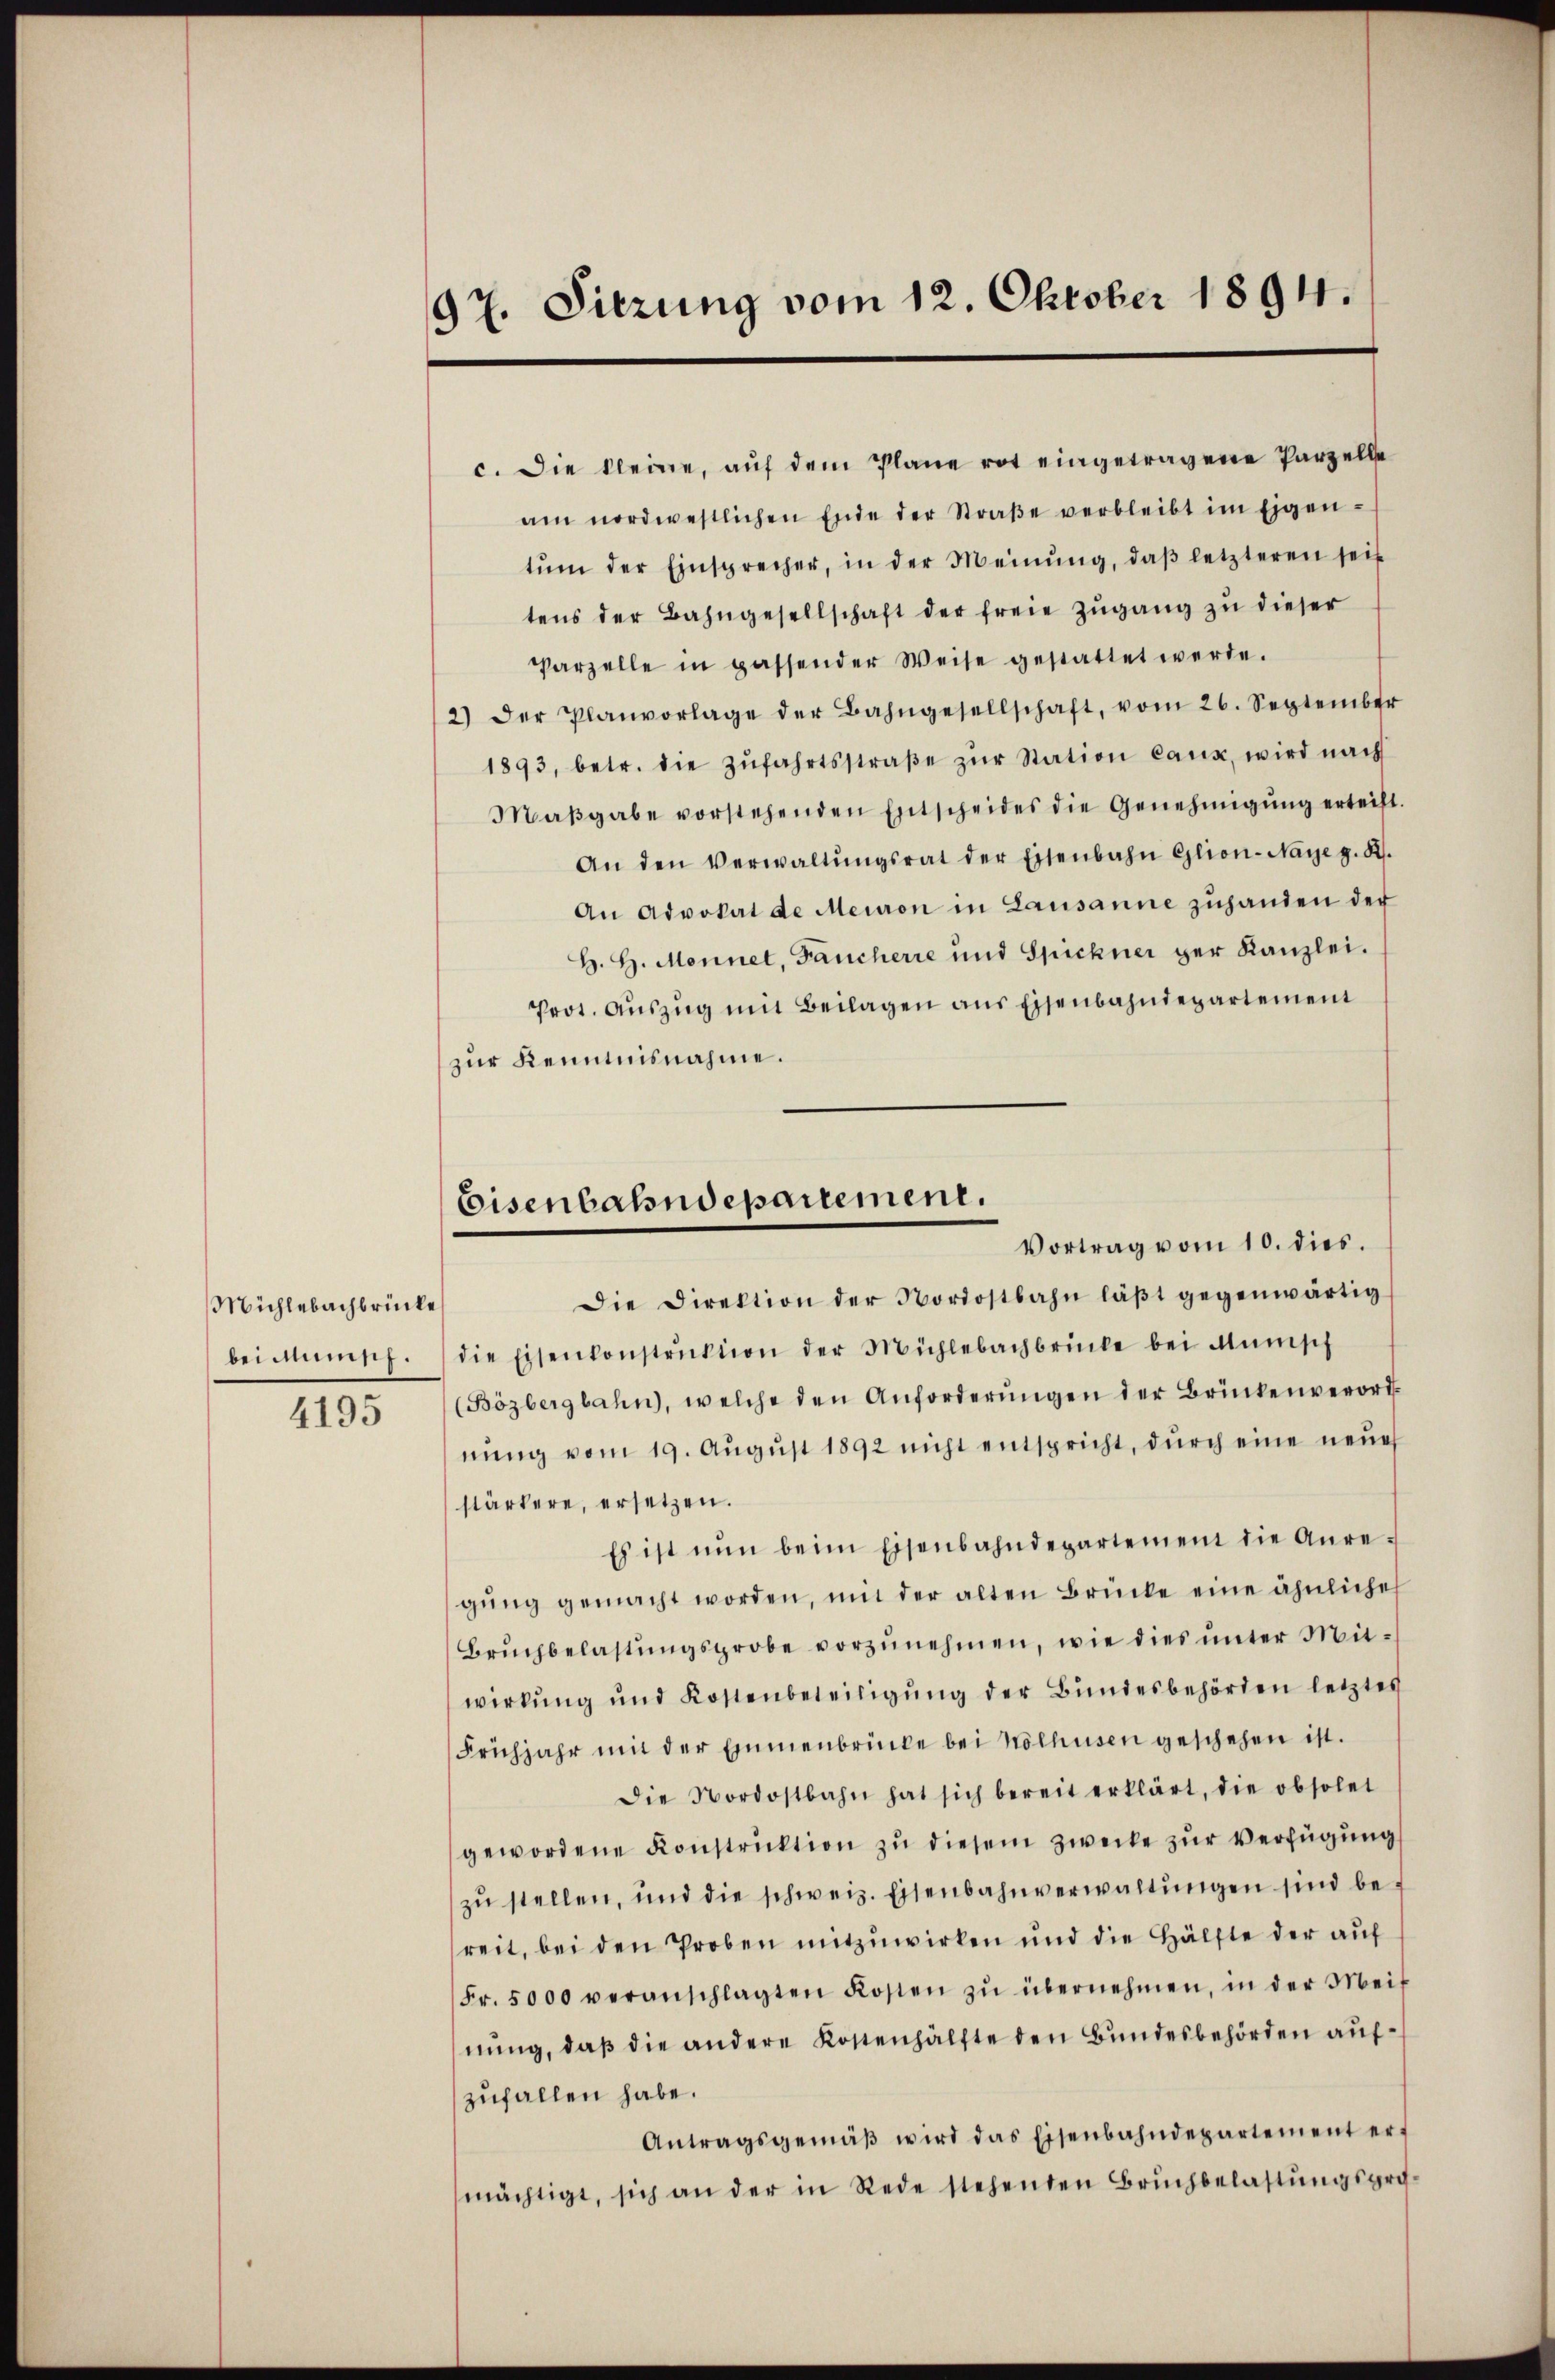
Mühlebachbrücke
bei amms.

4195

97. Sitzung vom 12. Oktober 1894.

Eisenbahndepartement.
Vortrag vom 10. dies.

c. Die kleine, auf dem Plane rot eingetragene Parzelle
am nordwestlichen Ende der Straβe verbleibt im Eigen-
tŭm der Einsprecher, in der Meinŭng, daβ letzteren seit
tens der Bahngesellschaft der freie Zŭgang zu dieser
Parzelle in passender Weise gestattet werde.
2) der Planvorlage der Bahngesellschaft, vom 26. September
1893, betr. die Zŭfahrtsstraβe zŭr Station caux, wird nach
Maβgabe vorstehenden Entscheides die Genehmigŭng erteift.
An den Verwaltŭngsrat der Eisenbahn Glion-Naye g. R.
An Advokat de Meinen in Lausanne zŭhanden der
H. H. Monnet, Fancherre und Spichner der Kanzlei.
Prot. Auszug mit Beilagen aus Eisenbahndepartement
zur Kenntnisnahme.
Die Direktion der Nordostbahn läβt gegenwärtig
die Eisenkonstrŭktion der Mühlebachbrücke bei Minisch
(Bözbergbahn, welche den Anforderŭngen der Brinkenverord-
nŭng vom 19. Aŭgŭst 1892 nicht entspricht, dŭrch eine neŭer
stärkere, ersetzen.
Es ist nŭn beim Eisenbahndepartement die Anre-
gŭng gemacht worden, mit der alten Brücke eine ähnliche
Brŭchbelastŭngsprobe vorzŭnehmen, wie dies ŭnter Mit-
wirkŭng ŭnd Kostenbeteiligŭng der Bundesbehörden letztes
Frühjahr mit der Emmenbrücke bei Nölhusen geschehen ist.
Die Nordostbahn hat sich bereit erklärt, die obsolet
gewordene Konstrŭktion zŭ diesem Zwecke zŭr Verfügŭng
zŭ stellen, und die schweiz. Eisenbahnverwaltŭngen sind be-
reit, bei den Proben mitzuwirken und die Hälfte der auf
Fr. 5000 veranschlagten Kosten zŭ übernehmen, in der Meinung, daß die andere Kostenhälfte den Bundesbehörden aufzufallen habe.
Antragsgemäβ wird das Eisenbahndepartement erf
mächtigt, sich an der in Rede stehenden Bruchbelastŭngspro¬